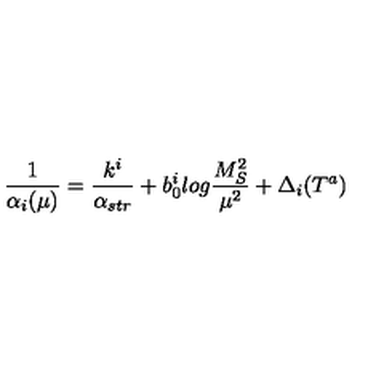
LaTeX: \frac { 1 } { \alpha _ { i } ( \mu ) } = \frac { k ^ { i } } { \alpha _ { s t r } } + b _ { 0 } ^ { i } l o g \frac { M _ { S } ^ { 2 } } { \mu ^ { 2 } } + \Delta _ { i } ( T ^ { a } )